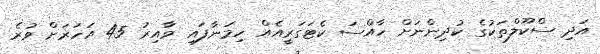
އަދި ސްކޫލްތަކުގެ ކުދިންނަށް ހާއްސަ ކެޓަގަރީއެއް ހިމަނާފައި ވާއިރު 45 އަހަރަށް ވުރެ